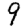
Digit: 9